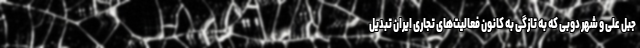
جبل علی و شهر دوبی که به تازگی به کانون فعالیت‌های تجاری ایران تبدیل